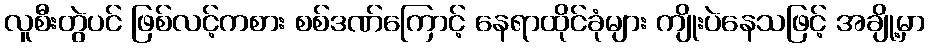
လူစီးတွဲပင် ဖြစ်လင့်ကစား စစ်ဒဏ်ကြောင့် နေရာထိုင်ခုံများ ကျိုးပဲနေသဖြင့် အချို့မှာ